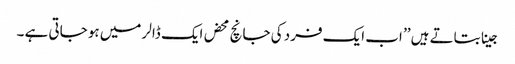
جینا بتاتے ہیں ’’ اب ایک فرد کی جانچ محض ایک ڈالر میں ہو جاتی ہے ۔